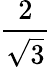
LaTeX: \frac{2}{\sqrt{3}}